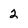
Character: 2